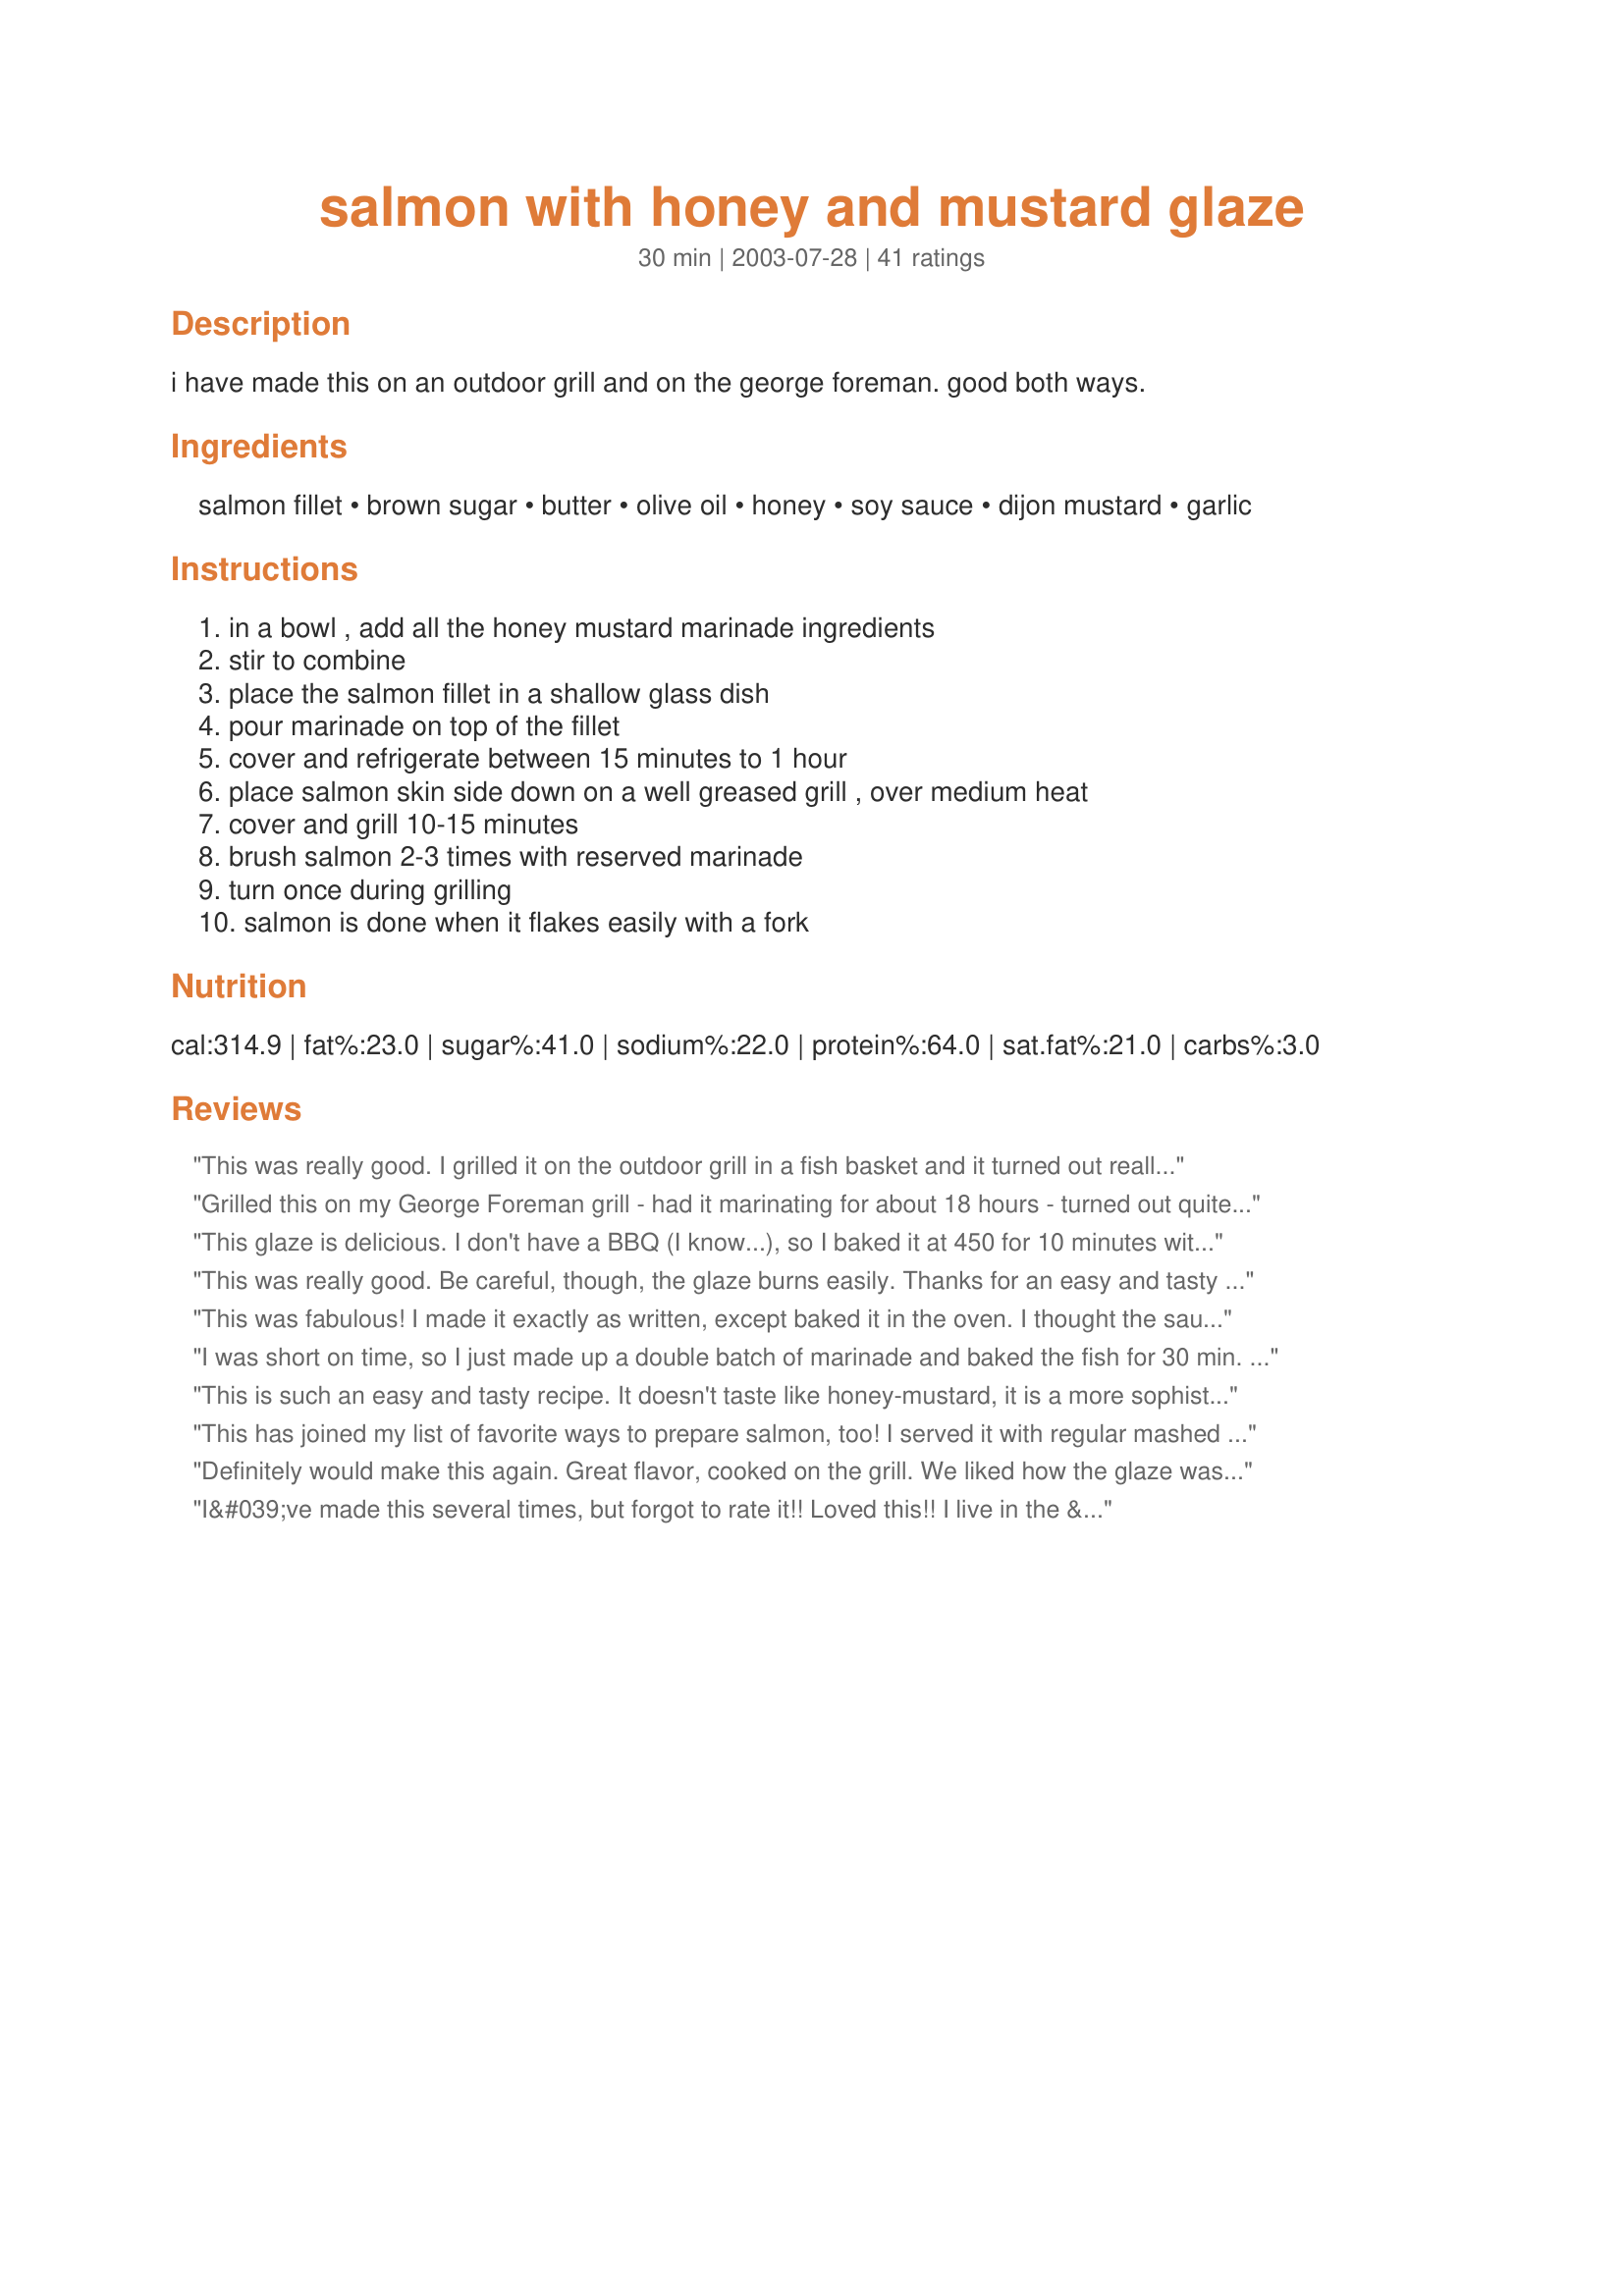
salmon with honey and mustard glaze
Preparation time: 30 minutes

i have made this on an outdoor grill and on the george foreman. good both ways.

Ingredients:
salmon fillet, brown sugar, butter, olive oil, honey, soy sauce, dijon mustard, garlic

Steps:
in a bowl , add all the honey mustard marinade ingredients, stir to combine, place the salmon fillet in a shallow glass dish, pour marinade on top of the fillet, cover and refrigerate between 15 minutes to 1 hour, place salmon skin side down on a well greased grill , over medium heat, cover and grill 10-15 minutes, brush salmon 2-3 times with reserved marinade, turn once during grilling, salmon is done when it flakes easily with a fork

Reviews:
This was really good. I grilled it on the outdoor grill in a fish basket and it turned out really nice. I am going to try it on the George Foreman Grill as well. Thanks for posting.
Grilled this on my George Foreman grill - had it marinating for about 18 hours - turned out quite tasty. Had the leftovers in a sandwich the next day!! Thanks! ;)
This glaze is delicious. I don't have a BBQ (I know...), so I baked it at 450 for 10 minutes with perfect-melt-in-your-mouth-tender results. I quadrupled the sauce, and baked it all together in a sqaure pan and served it over brown rice. Only change to glaze was omitting the oil and it seemed to work out fine.
This was really good. Be careful, though, the glaze burns easily. Thanks for an easy and tasty recipe, NurseDi!
This was fabulous! I made it exactly as written, except baked it in the oven. I thought the sauce amount was perfect. I loved that it was just barely sweet - not too sweet.
I was short on time, so I just made up a double batch of marinade and baked the fish for 30 min. at 350. Everyone loved it! I imagine it would only be better after it marinates. Delish!
This is such an easy and tasty recipe. It doesn't taste like honey-mustard, it is a more sophisticated flavor, with the brown sugar and soy sauce.
This has joined my list of favorite ways to prepare salmon, too! I served it with regular mashed potatoes (next time, garlic mashed potatoes) and butter-roasted carrots and pea pods with walnuts. Thanks for helping my dinner come together tonight!
Definitely would make this again. Great flavor, cooked on the grill. We liked how the glaze was thick and not a watery marinade. The ingredients may have you thinking that the flavor would be too strong and dominate the fish, but it really isn't. Tasty.
I&#039;ve made this several times, but forgot to rate it!! Loved this!! I live in the &quot;Snow Capital&quot; of the U.S. so can&#039;t grill out in the winter time with four feet of snow on the back deck. So I baked it in the oven at 400 degrees for about 12-15 minutes. Served with steamed asparagus and smashed new potatoes with garlic. Quick and easy and OH SO GOOD!
Oh so good, I prepared as written, except I doubled the sauce, and broiled in the over. The flavor was amazing! I will be making this one again!
I cut the recipe in half because I only had 1/2 lb. salmon. I thought it could've used a little more glaze. I broiled it for about 15 minutes.
Delicious! Outdoor grilling season is over for me, so I baked this in the oven at 425Âº for about 12 minutes. I used a whole salmon fillet that was about 1Â¼ lbs and I did not turn it. It tasted lovely, and was moist and flaky. Thanks for posting. Made for All New Zaar Cookbooks Tag Game.
Excellent! We didn't have time to marinade so just used this as a baste. The flavor was just right. I will use this recipe often when we have salmon. Thanks for posting!
Very, Very Good!
Fabulous! I was out of honey so I used molasses. Another great one from NurseDi.
Easy and good. I used the oven's broiler to cook up this salmon and it turned out great. Sort of a teriyaki flavor.
I made this for shabbat with baked potatoes and roasted green beans on the side. This was a wonderful meal. I used dijon mustard and love the flavor combination. I baked it at 350 until done (about 25 minutes). I also used agave for the honey and splenda brown sugar because it is what I had. Someone said this has a teriyaki flavor but I dissagree, it didn't taste asian at all. Potatoes; white or sweet; baked, roasted, boiled, or fried are a perfect side with a simple steamed or roasted green veg. Corn would also be nice. I'd stay away from salads or heavy sauces on the side (b4 are after is ok) as they may compete for dominance with this salmon. It is so good you want it to be the star on the plate. I'll be making this again...simple enough for a weeknight but good enough for company. Thanks for posting.
I'm ordinarily a big fan of salmon so when I took it out of the freezer I wasn't going to let it go to waste. I came on line, made the marinade, followed all the instruction and was I disappointed? NO. Of course I always make too much so I shared it with a friend. Now if her dog, Rufus does what another friend's dog, Ringo did and snarked it down when she wasn't looking I know it's a huge success.
Oh my gracious, my family and I just got through stuffing ourselves and I had to run in here to write this review. This salmon was magnificent. Had a sweetish-tangy flavor from the marinade and the fish was soooo tender. I used a coarse-grain mustard for a bit of extra tartness. Easiest dinner I've made in a while, too. Another superb recipe, Nurse Di. Thanks.
Really good. My favorite Salmon recipe so far. I dont' really like fish, but I'm trying, and this was really good!
Beyond a doubt one of the BEST marinades I have ever used. This was excellent!
This glaze is to die for! Baked at 350 for 15 minutes (small steaks) and served with my curried rice. I knew this would be great coming from such a wonderful chef!
Very tasty!
This dish was so tasty, like something you would find in a restaurant. A definite keeper.
This is SO good! I also baked mine at 350 for 20 min & it worked wonderfully! The glaze was delicious & so simple. Flaky & flavorful-will make this often. Thank you!
YUMMO!! This was absolutely delicious!! I doubled the recipe since my fillets were pretty thick. I loved how it didnt take away all the salmon flavor but it did simmer it down a bit since salmon can be strong. I will definetaly make this again, it was super easy!! I refrigerated for 40 min before pan searing for about 8 min on each side. Thanks for sharing!
this was my first time making salmon and this glaze made it so good. the only changes i'll make is to omit the oil, and i'll definetly marinate longer. very good recipe. thanks
This was really good. I did use skin on salmon and pan fried. I only marinated them for 15 min, but bet it would be even better if it was marinated for a longer time.
An easy recipe to follow and the results were wonderful! Truly a recipe to "show off" for guests (as we did).
Absolutely AWESOME!! First time ever making salmon, it was so easy. My husband and I were fighting for the leftovers the next day! Thank you so much!!
Wow! Di, you have never let me down and you sure didn't this time! I loved the combination of flavors and the fish was so moist.
Easy and simple and done in 25 minutes in the oven at 350. It's my new favorite glaze for salmon.
Thanks, Carole in Orlando
Wow! Thank you for another great recipe ratherbeswimmin&#039;. We loved this - our new favorite salmon recipe. I followed the recipe exactly except I used half the oil (due to previous reviews) and topped the salmon with green onion before going in the oven. The salmon filets were marinated for 2.5 hours and baked it at 400 for 10 minutes; served with brown rice and roasted asparagus and zucchini. Already on the menu for next week.
doubled the glaze for 2 pounds of fish. I baked in the oven with the glaze on in a covered dish at 400 for 20 minutes. Very tasty...hubby wants me to use the glaze on chicken sometime.
This was excellent! I grilled the salmon and basted it with that awesome marinade! Definitely a new staple in our house!
Wonderful marinade. I had to bake it at 350 for 25 minutes because of the weather (grill ain't ready!) but it still turned out juicy on a big 1 lb filet. I also added chopped almond slivers for a fun texture, and poured the remaining marinade over the filet 15 minutes through.
Yummo! A great recipe. Loved it!
Awesome - I'm not a fish fan but this was superb. 5*s - next time I think I'll double the marinade set aside 1/2 then thicken it up for more glaze. Tasty.

This was wonderful! I cooked it on the george foreman and it took about 11 1/2 minutes, my parents said it was the best salmon we have ever cooked! Thanks for sharing :)
We are new salmon eaters and I've been looking for recipes to help up enjoy it more. This was really good. I would have had a second helping if there was more! This was very easy to make and I had all of the ingredients on hand. Cooked on the grill for about 10 or 15 minutes. Thanks for the recipe!
Awesome 10 stars. We wrapped in foil with marinade and also did a pc directly on the bbq and loved them both ways. Will def do again.
